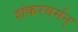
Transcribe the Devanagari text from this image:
शंकरवर्मन्